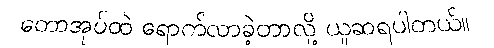
တောအုပ်ထဲ ရောက်လာခဲ့တာလို့ ယူဆရပါတယ်။